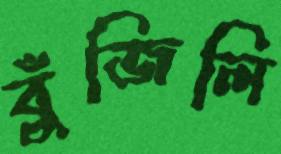
বুঁজিলি